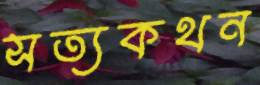
সত্যকথন